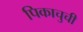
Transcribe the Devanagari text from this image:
पिकाचुची